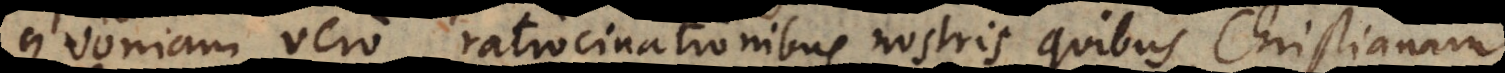
Quoniam vero ratiocinationibus nostris quibus Christianam